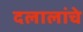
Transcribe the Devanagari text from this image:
दलालांचे